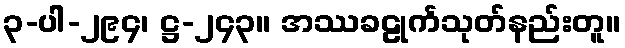
၃-ပါ-၂၉၄၊ ဋ္ဌ-၂၄၃။ အဿခဠုင်္ကသုတ်နည်းတူ။